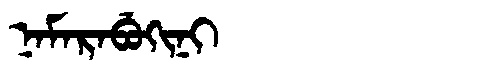
Manchu: ᠨᠠᠮᠠᡵᠠᠪᡠᡴᡳᠨᡳ
Romanization: NAMARABUKINI